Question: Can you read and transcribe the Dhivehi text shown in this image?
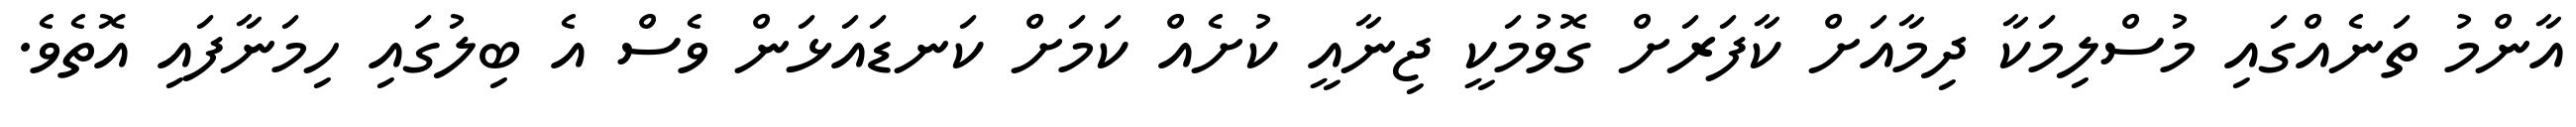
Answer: އާންމު ތަނެއްގައި މުސްލިމަކާ ދިމާއަށް ކާފަރަށް ގޮވުމަކީ ޖިނާއީ ކުށެއް ކަމަށް ކަނޑައަޅަން ވެސް އެ ބިލުގައި ހިމަނާފައި އޮތެވެ.